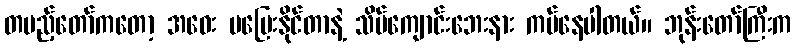
တပည့်တော်ကတော့ အဝေး မပြေးနိုင်တာနဲ့ သိမ်ကျောင်းဘေးနား ကပ်နေပါတယ်။ ဘုန်းတော်ကြီးက